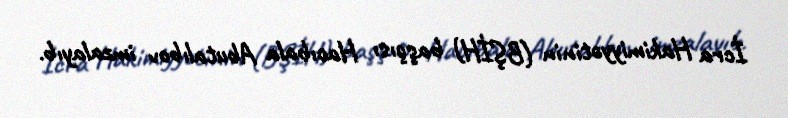
İcra Hakimiyyətinin (BŞİH) başçısı Hacıbala Abutalıbov imzalayıb.